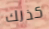
كذلك